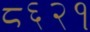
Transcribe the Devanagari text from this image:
८६२१